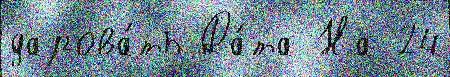
дарова́ть Да́та На 24